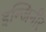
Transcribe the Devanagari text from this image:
इन्जिनीर